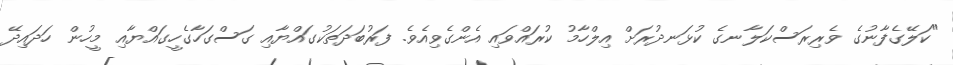
"ކަލޭގެފާނުގެ ވެރިރަސްކަލާނގެ ކުޅަނދުރަށް އިލްހާމު ކުރައްވައި އެންގެވިއެވެ. ފަރުބަދަތަކުގައްޔާއި ގަސްގަހާގެހީގައްޔާއި މީހުން ހަދައިދޭ